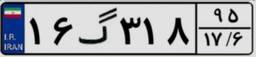
۳۲گ۸۸۲۵۴